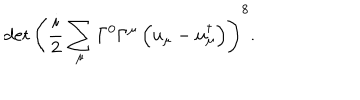
\det \left( \frac { i } { 2 } \sum _ { \mu } \Gamma ^ { 0 } \Gamma ^ { \mu } \left( u _ { \mu } - u _ { \mu } ^ { \dagger } \right) \right) ^ { 8 } .